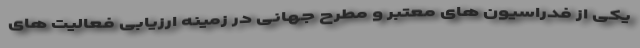
یکی از فدراسیون های معتبر و مطرح جهانی در زمینه ارزیابی فعالیت های